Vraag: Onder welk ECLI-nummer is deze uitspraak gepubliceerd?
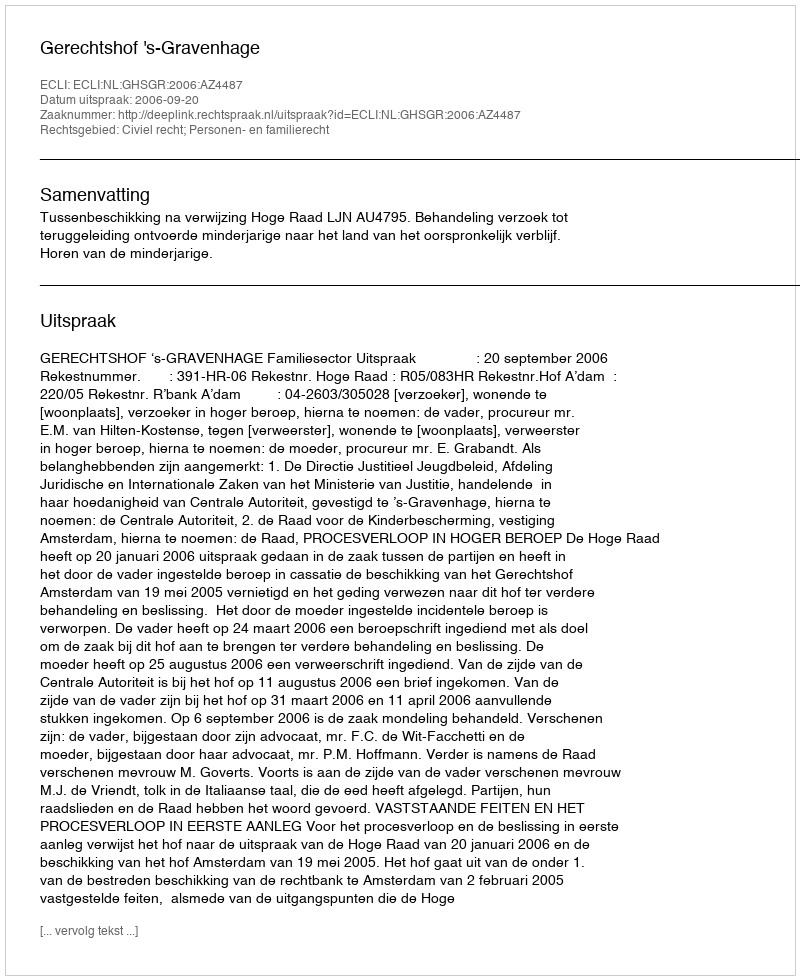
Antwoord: ECLI:NL:GHSGR:2006:AZ4487